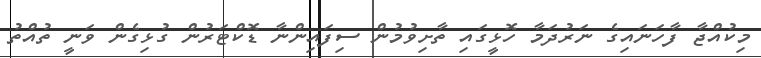
މިކުއްޖާ ފާހަނައިގެ ނަރުދަމާ ހޮޅީގައި ތާށިވުމުން ސިފައިންނާ ޑޮކްޓަރުން ގުޅިގެން ވަނީ ތުއްތު